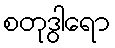
စတုဒွါရော